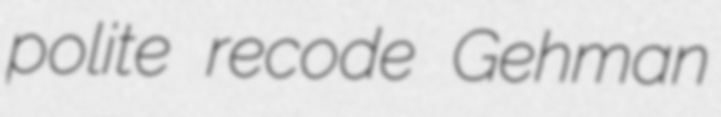
polite recode Gehman